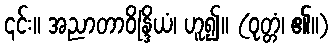
၎င်း။ အညာတာဝိန္ဒြိယံ၊ ဟူ၍။ (ဝုတ္တံ၊ ၏။)